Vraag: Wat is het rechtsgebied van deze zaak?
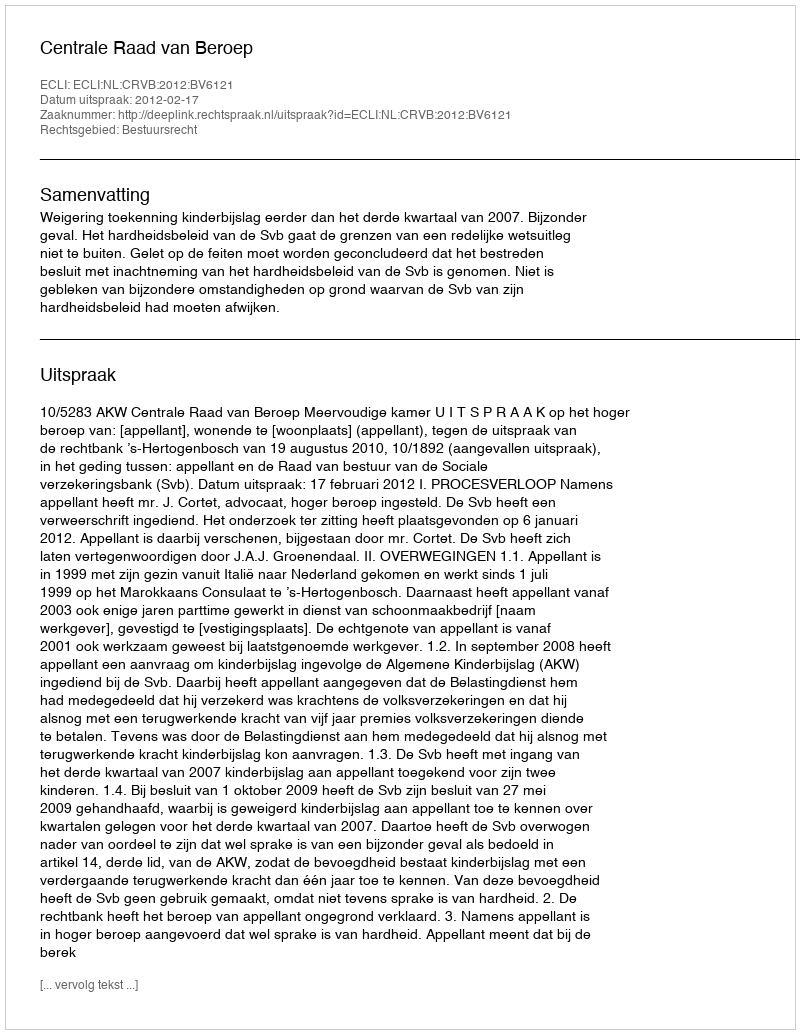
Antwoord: Bestuursrecht